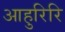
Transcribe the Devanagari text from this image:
आहुरिरि